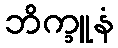
ဘိက္ခူနံ